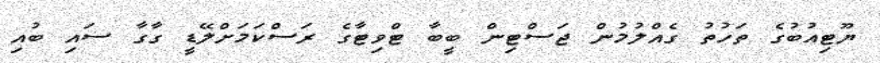
ޔޫޓިއުބުގެ ތަހުތު ގެއްލުމުން ޖަސްޓިން ބީބާ ޓްވިޓާގެ ރަސްކަމަށްލޭޑީ ގާގާ ސައި ބުއި